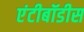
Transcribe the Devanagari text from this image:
एंटीबॉडीस